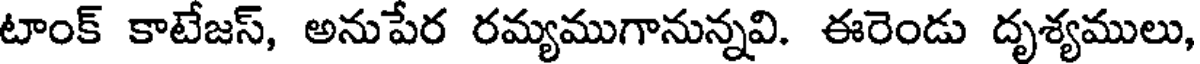
టాంక్ కాటేజస్, అనుపేర రమ్యముగానున్నవి. ఈరెండు దృశ్యములు,